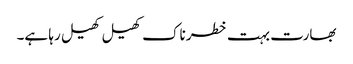
بھارت بہت خطرناک کھیل کھیل رہا ہے۔